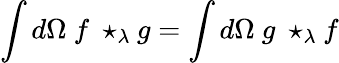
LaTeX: \int d\Omega\ f\ \star_{\lambda}g=\int d\Omega\ g\ \star_{\lambda}f